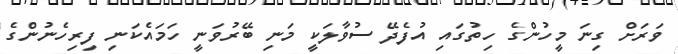
ވަރަށް ގިނަ މީހުންގެ ހިތުގައި އުފެދޭ ސުވާލަކީ މަނި ބޭރުވަނީ ހަމައެކަނި ފިރިހެނުންގެ